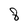
Character: 8